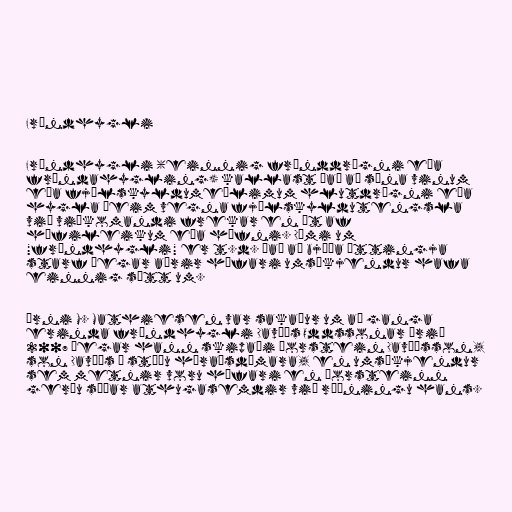
Frændhygli

Frændhygli (einnig frænddrægni eða
frændahygling) kallast það að sýna vinum
eða fjölskyldumeðlimum hlutdrægni eða
hygla þeim vegna fjölskyldutengsla
við viðkomandi frekar en út af
hæfileikum eða hæfni. Dæmi um
"frændhygli" er t.d. það að bjóða ættingja
starf þegar aðrir hæfari umsækjendur hafa
einnig sótt um.

Árni M. Mathiesen var sakaður um að ganga
erinda frændhygli Davíðs Oddssonar árið
2007 þegar hann skipaði Þorstein Davíðsson,
son Davíðs í stöðu héraðsdómara, en umsækjendur
sem metnir voru hæfari en Þorsteinn
gerðu síðar athugasemdir við ráðningu hans.